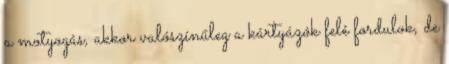
a motyogás, akkor valószínűleg a kártyázók felé fordulok, de